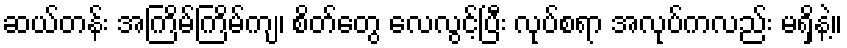
ဆယ်တန်း အကြိမ်ကြိမ်ကျ၊ စိတ်တွေ လေလွင့်ပြီး လုပ်စရာ အလုပ်ကလည်း မရှိနဲ့။